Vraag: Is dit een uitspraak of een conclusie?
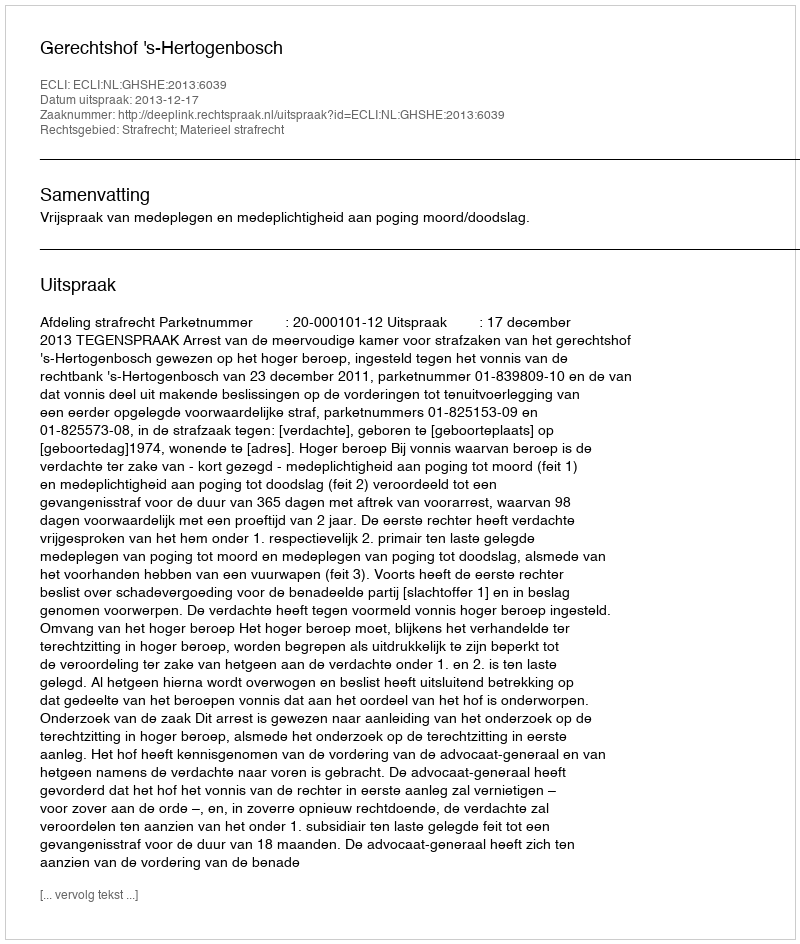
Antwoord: Uitspraak